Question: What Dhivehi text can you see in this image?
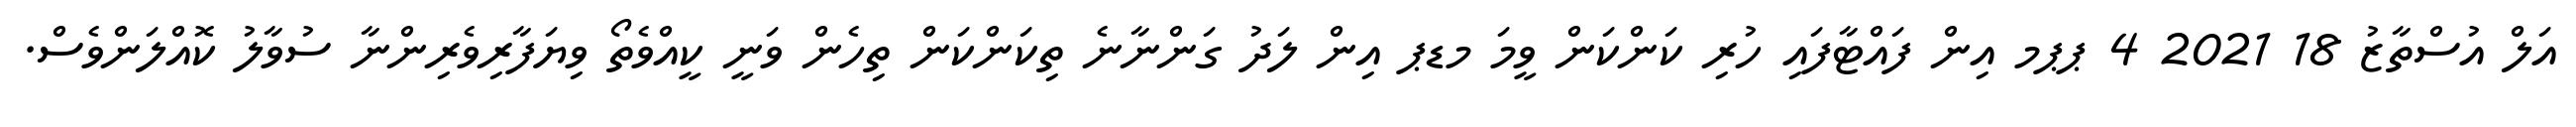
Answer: އަލް އުސްތާޒު 18 2021 4 ޕޕމ އިން ފައްޓާފައި ހުރި ކަންކަން ވީމަ މޑޕ އިން ލަދު ގަންނާނެ ތިކަންކަން ތިހެން ވަނީ ކީއްވެތޯ ވިޔަފާރިވެރިންނާ ސުވާލު ކޮއްލަންވެސް.